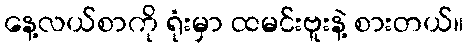
နေ့လယ်စာကို ရုံးမှာ ထမင်းဗူးနဲ့ စားတယ်။